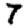
Digit: 7